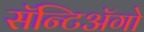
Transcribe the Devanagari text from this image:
सॅन्टिॲगो